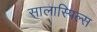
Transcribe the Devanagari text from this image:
सालास्पिल्स